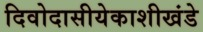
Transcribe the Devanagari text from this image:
दिवोदासीयेकाशीखंडे